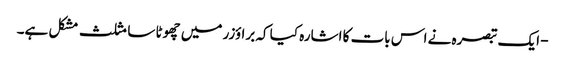
- ایک تبصرہ نے اس بات کا اشارہ کیا کہ براؤزر میں چھوٹا سا مثلث مشکل ہے۔